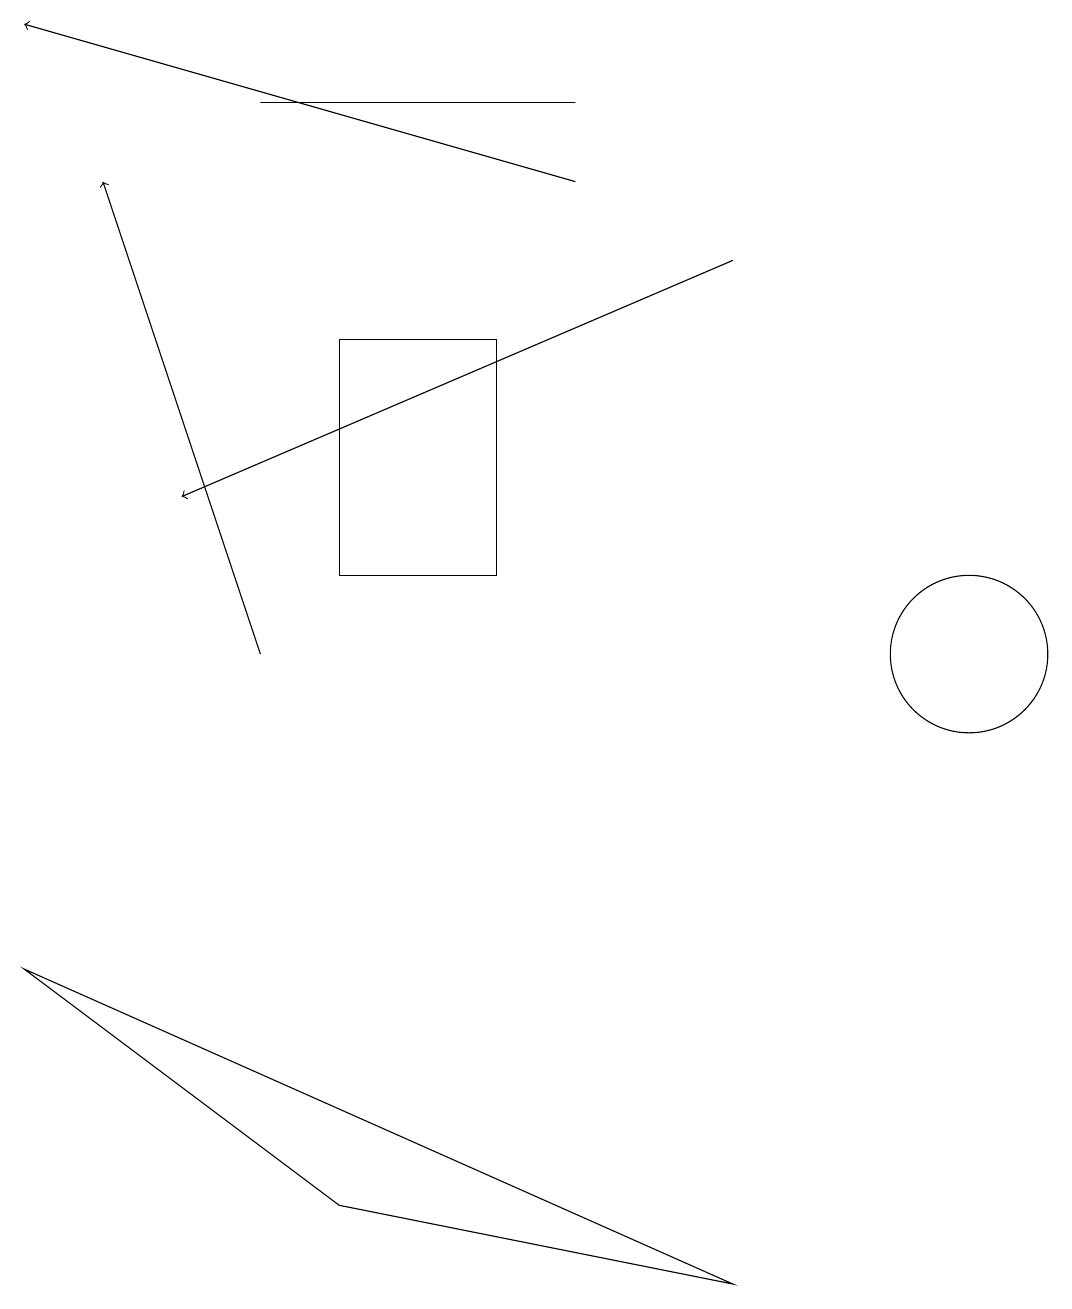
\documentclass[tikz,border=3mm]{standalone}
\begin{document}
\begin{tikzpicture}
\draw (3,18) rectangle (7,18);
\draw[->] (9,16) -- (2,13);
\draw[->] (3,11) -- (1,17);
\draw (12,11) circle (1);
\draw[->] (7,17) -- (0,19);
\draw (4,4) -- (9,3) -- (0,7) -- cycle;
\draw (4,15) rectangle (6,12);
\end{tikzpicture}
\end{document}